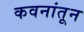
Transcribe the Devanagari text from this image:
कवनांतून